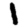
Digit: 1